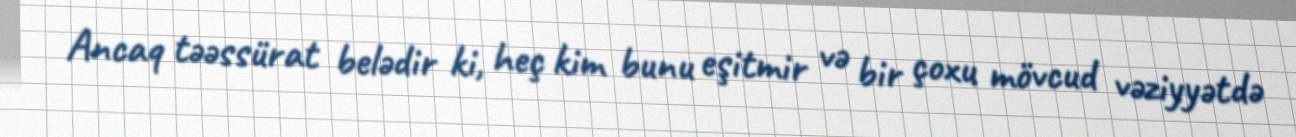
Ancaq təəssürat belədir ki, heç kim bunu eşitmir və bir çoxu mövcud vəziyyətdə